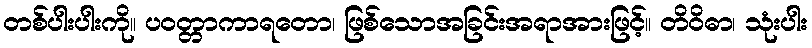
တစ်ပါးပါးကို။ ပဝတ္တာကာရတော၊ ဖြစ်သောအခြင်းအရာအားဖြင့်။ တိဝိဓာ၊ သုံးပါး